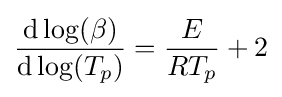
{\frac {\mathrm {d} \log(\beta )}{\mathrm {d} \log(T_{p})}}={\frac {E}{RT_{p}}}+2